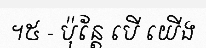
។៥ - ប៉ុន្តែ បើ យើង